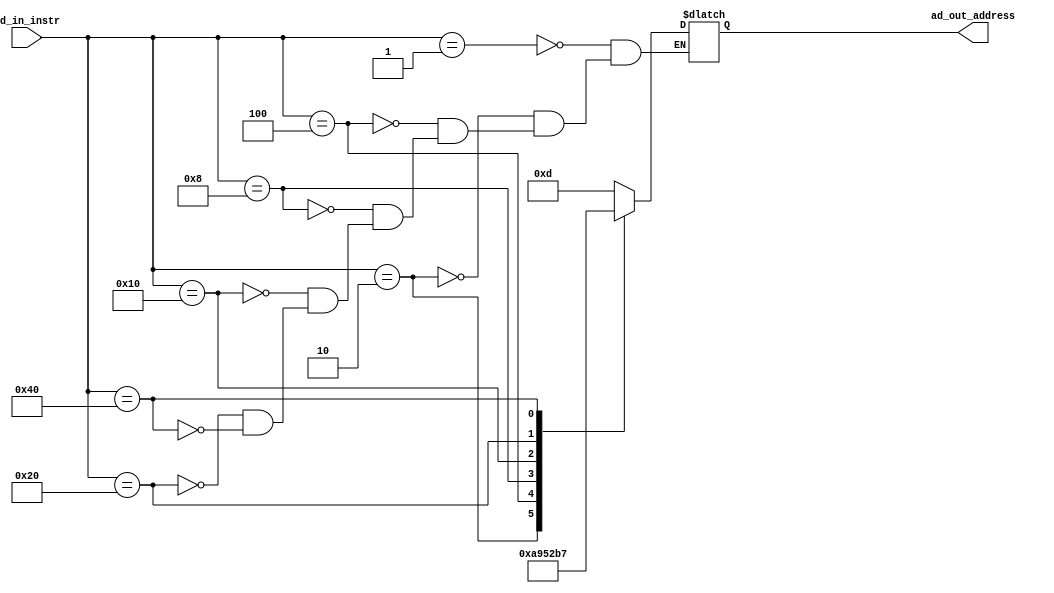
`timescale 1ns / 1ps
//////////////////////////////////////////////////////////////////////////////////
// Company: 
// Engineer: 
// 
// Design Name: 
// Module Name: Address_Shift
// Project Name: 
// Target Devices: 
// Tool Versions: 
// Description: 
// 
// Dependencies: 
// 
// Revision:
// Revision 0.01 - File Created
// Additional Comments:
// 
//////////////////////////////////////////////////////////////////////////////////


module Address_Shift(
input [6:0]ad_in_instr,
output reg [3:0]ad_out_address

    );
    always@(*)
    case(ad_in_instr)
   7'b000_0001:ad_out_address <=4'd13;//d
   7'b000_0010:ad_out_address <=4'd10;//a
   7'b000_0100:ad_out_address <=4'd9;
   7'b000_1000:ad_out_address <=4'd5;
   7'b001_0000:ad_out_address <=4'd2;
   7'b010_0000:ad_out_address <=4'd11;//c
   7'b100_0000:ad_out_address <=4'd7;
   endcase
//   always@(*)
//     $display($time,,"ad_in_instr=%h,ad_out_address=%h",ad_in_instr,ad_out_address);
endmodule